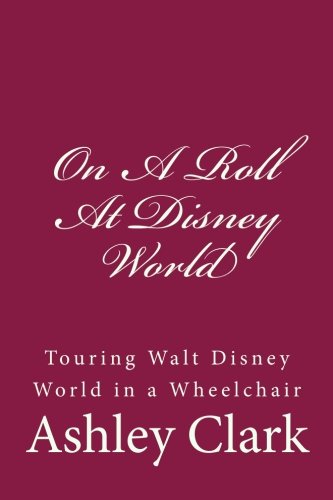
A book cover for On A Roll At Disney World: Touring Walt Disney World in a Wheelchair; Ashley Clark; Travel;